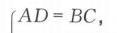
$AD = BC,$